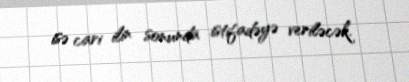
isə cari ilin sonunda istifadəyə veriləcək.